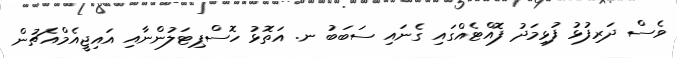
ވެސް ދަރިފުޅު ފުޅިމަދު ފޮއްޓެއްގައި ގެނައި ސަބަބު ނ. އަތޮޅު ހޮސްޕިޓަލުންނާއި އައިޖީއެމްއެޗުން